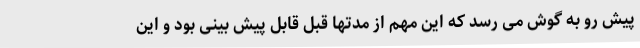
پیش رو به گوش می رسد که این مهم از مدتها قبل قابل پیش بینی بود و این